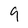
Character: 9